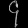
Digit: ၄